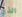
الذي